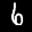
Label: 6